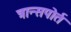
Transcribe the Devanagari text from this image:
त्रान्सपोर्त